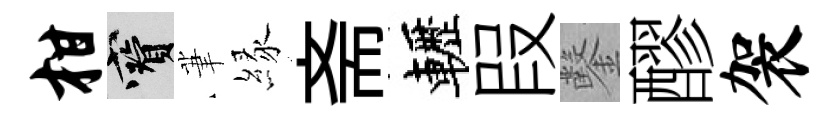
柑寶茟縁斋轣叚鑿醪袈